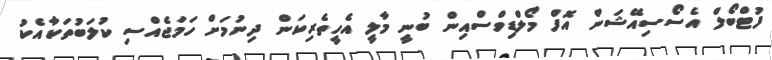
ފުޓްބޯލް އެސޯސިއޭޝަން އޮފް މޯލްޑިވްސްއިން ބުނީ މާލީ އެހީތެރިކަން ދިނުމަށް ހަމަޖެއްސި ކުލަބުތަކާއެކު